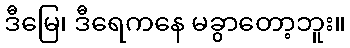
ဒီမြေ၊ ဒီရေကနေ မခွာတော့ဘူး။